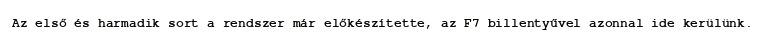
Az első és harmadik sort a rendszer már előkészítette, az F7 billentyűvel azonnal ide kerülünk.